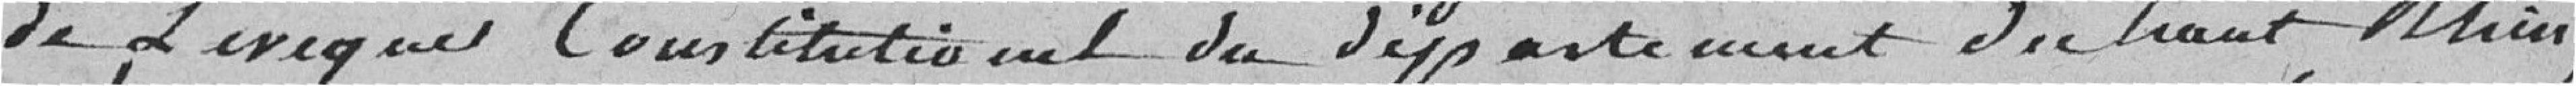
de l'évêque constitutionnel du département du Haut-Rhin ;